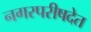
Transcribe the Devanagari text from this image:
नगरपरीषदेत